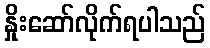
နှိုးဆော်လိုက်ရပါသည်